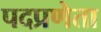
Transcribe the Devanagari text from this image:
पदप्रणेता